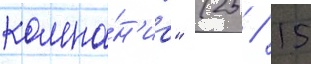
компа́н'иа" (25 / 15